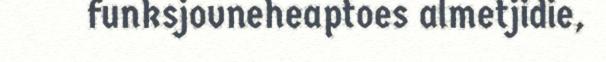
funksjovneheaptoes almetjidie,